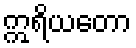
ဣရိယတော